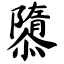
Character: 隳